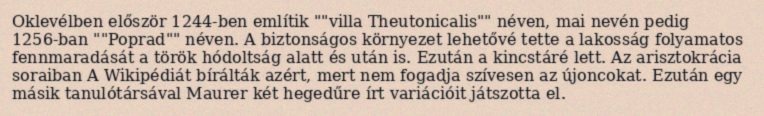
Oklevélben először 1244-ben említik ""villa Theutonicalis"" néven, mai nevén pedig 1256-ban ""Poprad"" néven. A biztonságos környezet lehetővé tette a lakosság folyamatos fennmaradását a török hódoltság alatt és után is. Ezután a kincstáré lett. Az arisztokrácia soraiban A Wikipédiát bírálták azért, mert nem fogadja szívesen az újoncokat. Ezután egy másik tanulótársával Maurer két hegedűre írt variációit játszotta el.